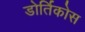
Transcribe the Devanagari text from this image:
डोर्तिकोस